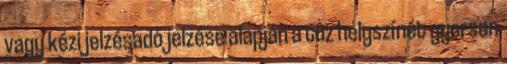
vagy kézi jelzésadó jelzése alapján a tûz helyszínét gyorsan